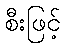
စီးဖြင့်